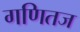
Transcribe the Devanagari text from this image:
गणितज